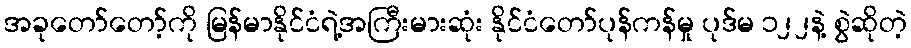
အခုတော်တော့်ကို မြန်မာနိုင်ငံရဲ့အကြီးမားဆုံး နိုင်ငံတော်ပုန်ကန်မှု ပုဒ်မ ၁၂၂နဲ့ စွဲဆိုတဲ့